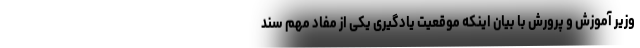
وزیر آموزش و پرورش با بیان اینکه موقعیت یادگیری یکی از مفاد مهم سند